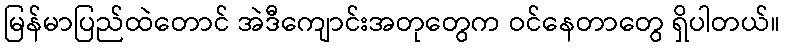
မြန်မာပြည်ထဲတောင် အဲဒီကျောင်းအတုတွေက ဝင်နေတာတွေ ရှိပါတယ်။